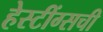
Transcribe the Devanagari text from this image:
हेस्टींग्सची